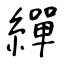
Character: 繟